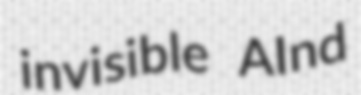
invisible AInd